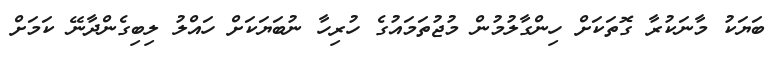
ބަޔަކު މާނަކުރާ ގޮތަކަށް ހިންގާލުމުން މުޖުތަމައުގެ ހުރިހާ ނުބަޔަކަށް ހައްލު ލިބިގެންދާނޭ ކަމަށް